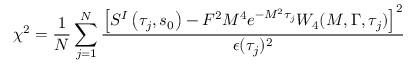
\chi ^ { 2 } = \frac { 1 } { N } \sum _ { j = 1 } ^ { N } \frac { \left[ { \cal S } ^ { I } \left( \tau _ { j } , s _ { 0 } \right) - F ^ { 2 } M ^ { 4 } e ^ { - M ^ { 2 } \tau _ { j } } W _ { 4 } ( M , \Gamma , \tau _ { j } ) \right] ^ { 2 } } { \epsilon ( \tau _ { j } ) ^ { 2 } }